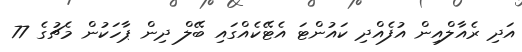
އަދި ރެއާލްއިން އުފެއްދި ކައުންޓަ އެޓޭކެއްގައި ބޭލް ދިން ޕާހަކުން މެޗުގެ 77